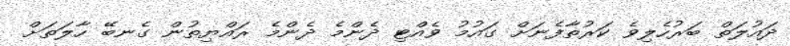
ދައުލަތް ބަރުހެލިވެ ކަރުތާފެނަށް ގައުމު ވެއްޓި ދެންމެ ދެންމެ ރައްޔިތުން ގެނބޭ ހާލަތަށް